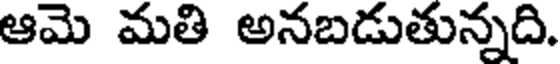
ఆమె మతి అనబడుతున్నది.